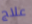
علاج